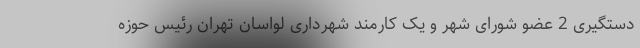
دستگیری 2 عضو شورای شهر و یک کارمند شهرداری لواسان تهران رئیس حوزه